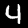
Digit: 4